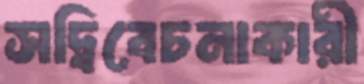
সদ্বিবেচনাকারী